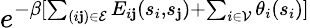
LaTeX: e^{-\beta[\sum_{(i\mathbf{j})\in\mathcal{{E}}}E_{i\mathbf{j}}(s_{i},s_{\mathbf{j}})+\sum_{i\in\mathcal{{V}}}\theta_{i}(s_{i})]}